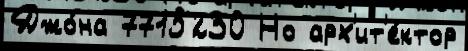
Джо́на 7715230 Но арх'ит'е́ктор